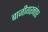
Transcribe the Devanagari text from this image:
बाजीगरनंतर